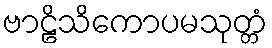
ဗာဠိသိကောပမသုတ္တံ